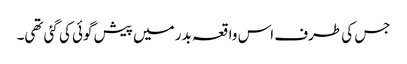
جس کی طرف اس واقعہ بدر میں پیش گوئی کی گئی تھی۔